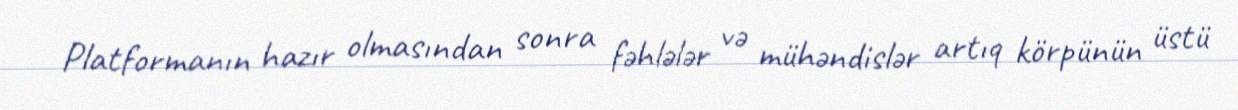
Platformanın hazır olmasından sonra fəhlələr və mühəndislər artıq körpünün üstü